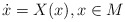
\begin{align*} \dot x= X(x), x\in M\end{align*}